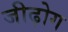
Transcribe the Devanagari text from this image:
जीढ़ोग